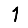
Digit: 1